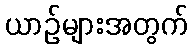
ယာဉ်များအတွက်